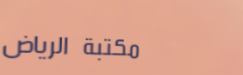
مكتبة الرياض